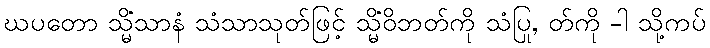
ဃပတော သ္မိံသာနံ သံသာသုတ်ဖြင့် သ္မိံဝိဘတ်ကို သံပြု, တ်ကို -ါ သို့ကပ်